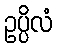
ဥပ္ပိလံ